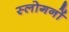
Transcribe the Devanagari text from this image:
स्लोगनों